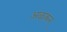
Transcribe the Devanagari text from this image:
अऴकन्